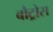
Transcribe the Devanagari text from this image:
बौट्रोस